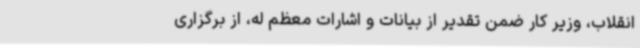
انقلاب، وزیر کار ضمن تقدیر از بیانات و اشارات معظم له، از برگزاری